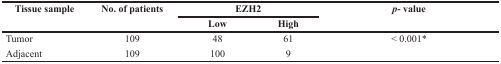
<table><thead><tr><td rowspan="2"><b>Tissue sample</b></td><td rowspan="2"><b>No. of patients</b></td><td colspan="2"><b>EZH2</b></td><td rowspan="2"><b><i>p</i>- value</b></td></tr><tr><td><b>Low</b></td><td><b>High</b></td></tr></thead><tbody><tr><td>Tumor</td><td>109</td><td>48</td><td>61</td><td>&lt; 0.001*</td></tr><tr><td>Adjacent</td><td>109</td><td>100</td><td>9</td><td></td></tr></tbody></table>